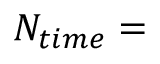
N _ { t i m e } =